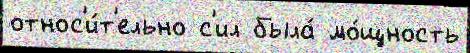
относ'и́т'ельно с'ил была́ мо́щность